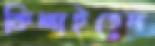
কিলাইতেন